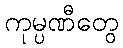
ကုမ္ပဏီတွေ